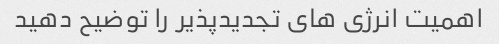
اهمیت انرژی های تجدیدپذیر را توضیح دهید